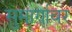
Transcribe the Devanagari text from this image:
सुमार्गावर